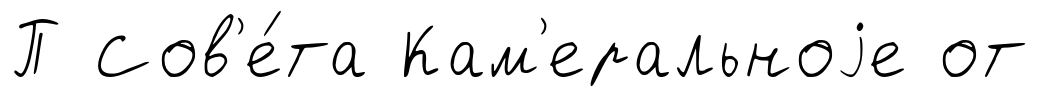
П Сов'е́та Кам'еральноjе от